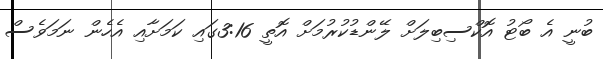
ބުނީ އެ ބޯޓުު އޮކްސިބިލަށް ލޭންޑުކުރުމަށް އޮތީ 3:16ގައި ކަމަށާއި އެހެން ނަމަވެސް